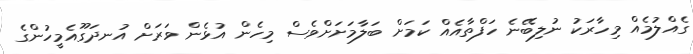
ގެއްލުމެއް މިހާރަކު ނުލިބޭނެ ހަފްތާއެއް ކަމަށް ބަލާމަށަށްވެސް މިހެން އުޅެން ވަރަށް އުނދަގޫއެމީހުންގެ